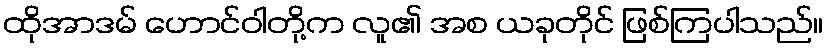
ထိုအာဒမ် ဟောင်ဝါတို့က လူ၏ အစ ယခုတိုင် ဖြစ်ကြပါသည်။